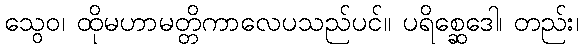
သွေဝ၊ ထိုမဟာမတ္တိကာလေပသည်ပင်။ ပရိစ္ဆေဒေါ၊ တည်း၊